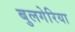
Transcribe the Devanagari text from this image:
बुलगेरिया